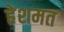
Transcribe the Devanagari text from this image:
हेशमत